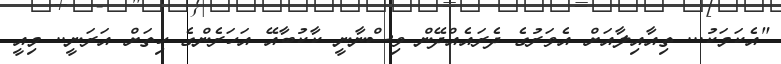
"އެކަމަކު... ތިއާއިލާއަށް އެވަރުގެ ދެރައެއްދޭން ވިސްނާނީ ކާކުބާއޭ އަހަރެންގެ ހިތަށް އަރަނީ.. މިއީ